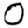
Digit: 0